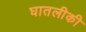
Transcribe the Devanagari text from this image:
घातलीकी